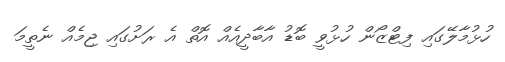
ހުޅުމާލޭގައި ފިޓްޒޯން ހުޅުވީ ބޮޑު އާބާދީއެއް އޮތް އެ ރަށުގައި ޖިމެއް ނެތީމަ